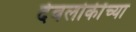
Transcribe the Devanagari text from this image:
देवलोकींच्या